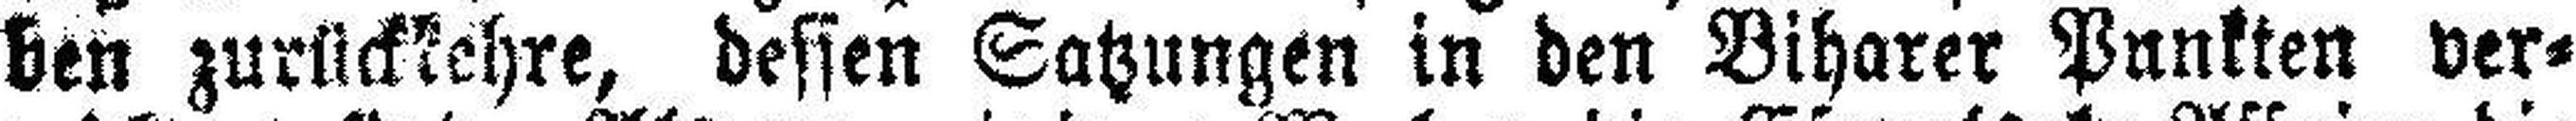
ben zurückkehre, dessen Satzungen in den Biharer Punkten ver¬